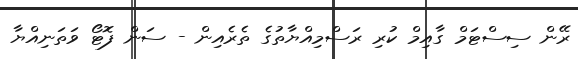
ރޭން ސިސްޓަމް ގާއިމް ކުރި ރަސްމިއްޔާތުގެ ތެރެއިން - ސަން ފޮޓޯ ވަތަނިއްޔާ